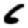
Digit: 6